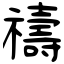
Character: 禱